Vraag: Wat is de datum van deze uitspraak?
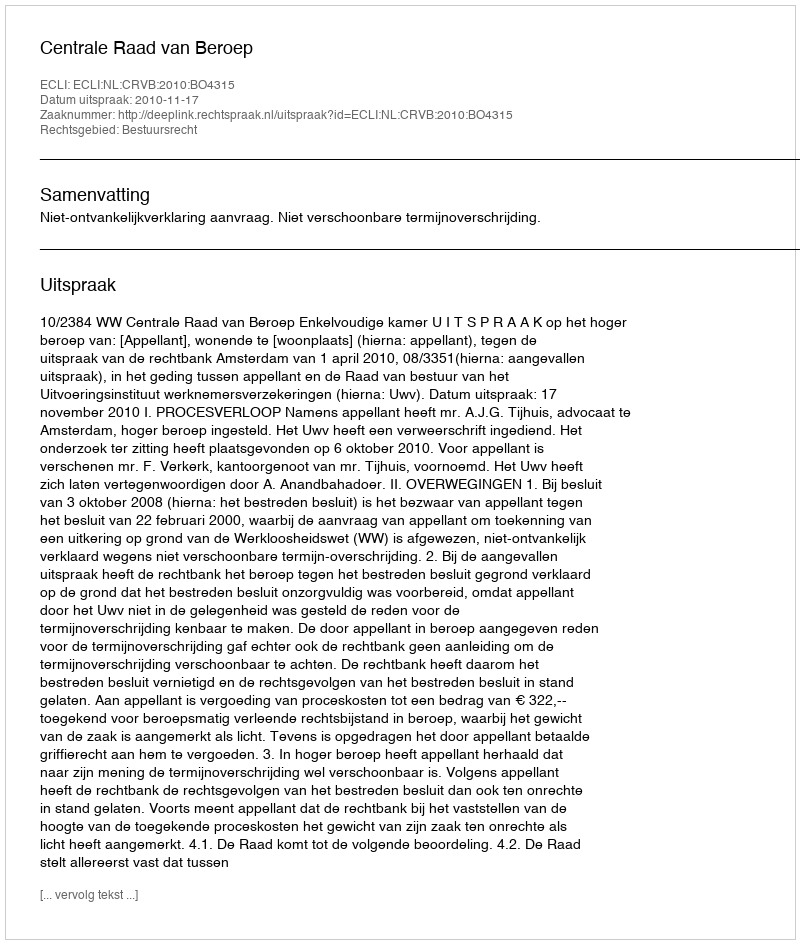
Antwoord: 2010-11-17